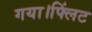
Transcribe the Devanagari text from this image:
गया।फ्लिंट